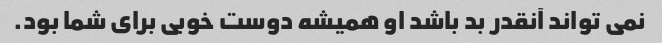
نمی تواند آنقدر بد باشد او همیشه دوست خوبی برای شما بود.